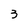
Character: 3